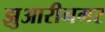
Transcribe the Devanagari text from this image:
झुआरीनगर